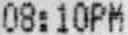
08:10PM